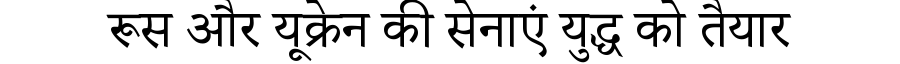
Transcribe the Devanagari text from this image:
रूस और यूक्रेन की सेनाएं युद्ध को तैयार